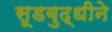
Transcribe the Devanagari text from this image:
सूडबुद्धीने